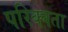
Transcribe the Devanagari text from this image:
परिक्वता